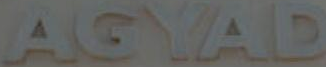
AGYAD